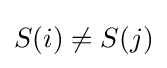
S(i)\neq S(j)